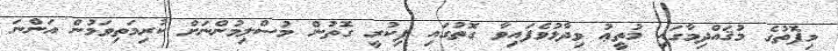
މިފޮތުގެ މުޤައްދިމާގައި މުތީޢު ވިދާޅުވެފައިވާ ގޮތުގައި ފިކުރީ ގޮތުން މުސްލިމުންނަށް ކުރިމަތިވަމުން އަންނަ